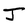
Character: J